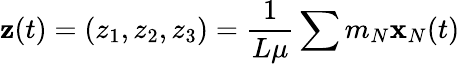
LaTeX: {\mathbf z}(t)=(z_{1},z_{2},z_{3})=\frac{1}{L\mu}\sum m_{N}{\mathbf x}_{N}(t)